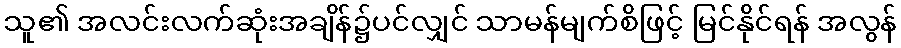
သူ၏ အလင်းလက်ဆုံးအချိန်၌ပင်လျှင် သာမန်မျက်စိဖြင့် မြင်နိုင်ရန် အလွန်